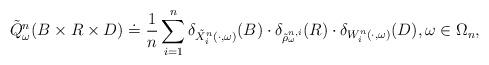
LaTeX: \begin{align*}\tilde{Q}^{n}_{\omega}(B\times R\times D) \doteq \frac{1}{n} \sum_{i=1}^{n} \delta_{\tilde{X}^{n}_{i}(\cdot,\omega)}(B)\cdot \delta_{\tilde{\rho}^{n,i}_{\omega}}(R)\cdot \delta_{W^{n}_{i}(\cdot,\omega)}(D),\omega\in \Omega_{n},\end{align*}